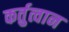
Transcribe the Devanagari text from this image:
कर्तुत्वान